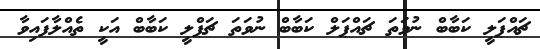
ޗައްޕަލީ ކަބާބް ނުވަތަ ޗައްޕަލް ކަބާބް ނުވަތަ ޗަޕްލީ ކަބާބް އަކީ ތެއްލާފައިވާ